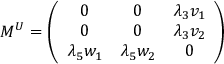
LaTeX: M ^ { U } = \left( \begin{array} { c c c } { { 0 } } & { { 0 } } & { { \lambda _ { 3 } v _ { 1 } } } \\ { { 0 } } & { { 0 } } & { { \lambda _ { 3 } v _ { 2 } } } \\ { { \lambda _ { 5 } w _ { 1 } } } & { { \lambda _ { 5 } w _ { 2 } } } & { { 0 } } \end{array} \right)